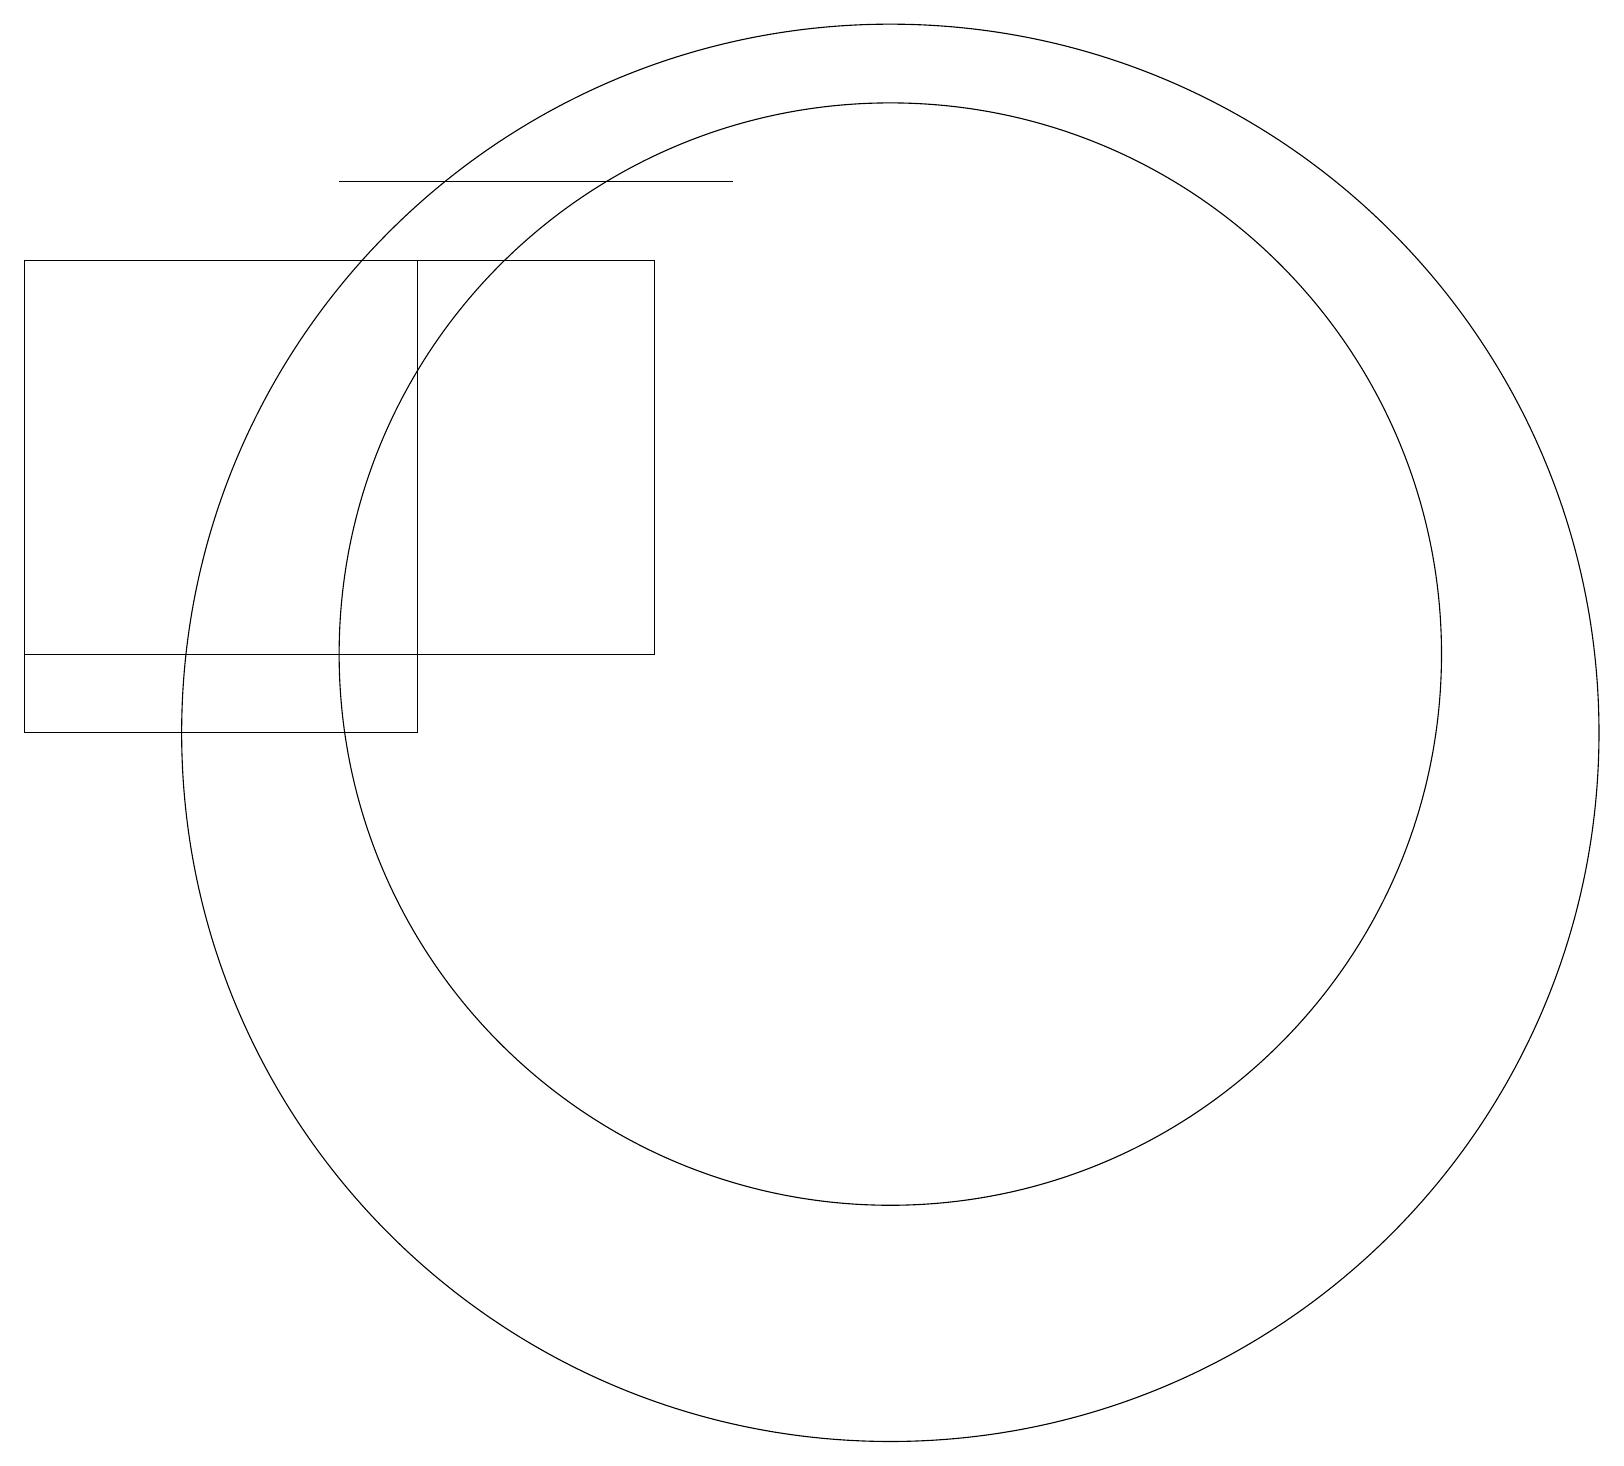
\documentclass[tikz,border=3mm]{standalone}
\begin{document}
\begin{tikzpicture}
\draw (8,17) rectangle (0,12);
\draw (9,18) rectangle (4,18);
\draw (11,12) circle (7);
\draw (11,11) circle (9);
\draw (0,17) rectangle (5,11);
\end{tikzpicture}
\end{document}